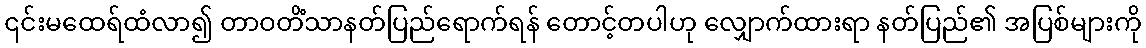
၎င်းမထေရ်ထံလာ၍ တာဝတိံသာနတ်ပြည်ရောက်ရန် တောင့်တပါဟု လျှောက်ထားရာ နတ်ပြည်၏ အပြစ်များကို